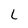
Character: L